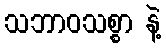
သဘာဝသစ္စာ နဲ့